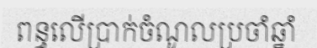
ពន្ធលើប្រាក់ចំណូលប្រចាំឆ្នាំ